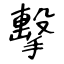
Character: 擊